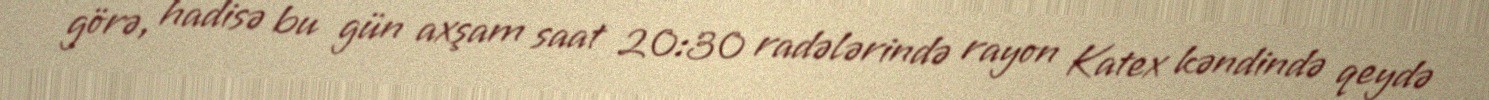
görə, hadisə bu gün axşam saat 20:30 radələrində rayon Katex kəndində qeydə